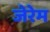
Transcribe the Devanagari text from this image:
जेरेम